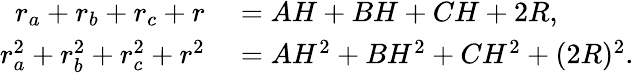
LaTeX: \begin{array}{rl}{r_{a}+r_{b}+r_{c}+r}&{{}=AH+BH+CH+2R,}\\ {r_{a}^{2}+r_{b}^{2}+r_{c}^{2}+r^{2}}&{{}=AH^{2}+BH^{2}+CH^{2}+(2R)^{2}.}\end{array}